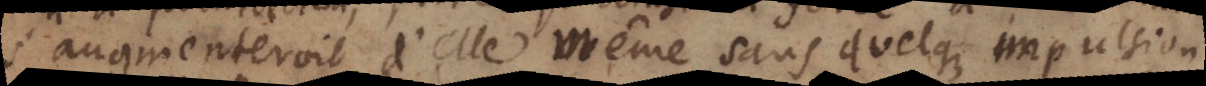
s’augmenteroit d’elle même sans quelque impulsion